Notes on vaccination in the North-West Frontier Province 1923-1928 - 1923-1928
Year: 1923
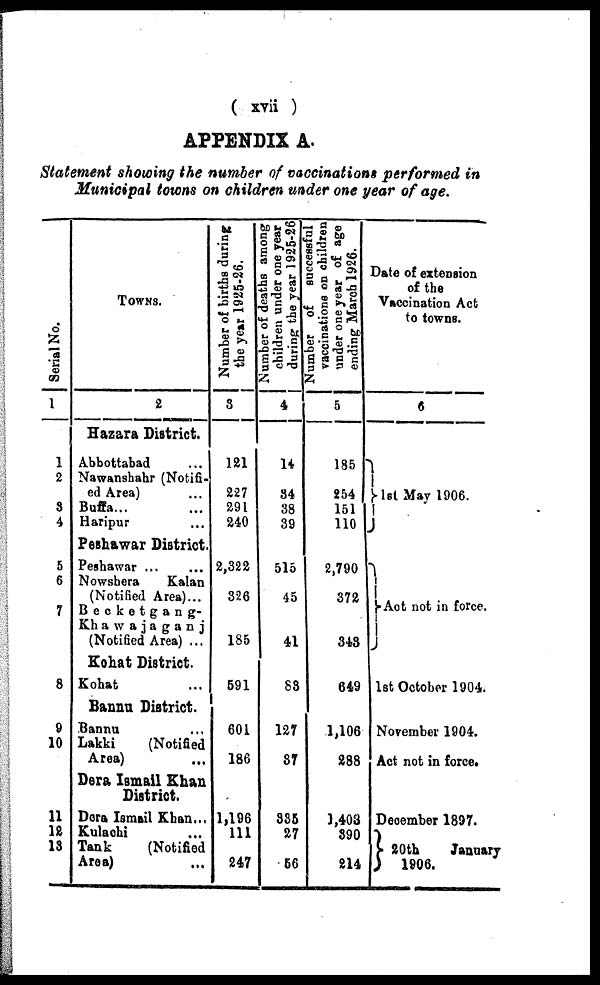
( xvii )
APPENDIX A.
Statement showing the number of vaccinations performed in
Municipal towns on children under one year of age.
Serial No.
1
1
2
3
4
5
6
7
8
9
10
11
12
13
TOWNS.
2
Hazara District.
Abbottabad ...
Nawanshahr (Notifi-
ed Area) ...
Buffa... ...
Haripur ...
Peshawar District.
Peshawar ... ...
Nowshera
Kalan
(Notified Area)...
Becketgang-
Khawajaganj
(Notified Area) ...
Kohat District.
Kohat ...
Bannu District.
Bannu ...
Lakki
(Notified
Area) ...
Dera Ismail Khan
District.
Dera Ismail Khan...
Kulachi ...
Tank
(Notified
Area) ...
Number of births during
the year 1925-26.
3
121
227
291
240
2,322
326
185
591
601
186
1,196
111
247
Number of deaths among
children under one year
during the year 1925-26
4
14
34
38
39
515
45
41
83
127
37
335
27
56
Number of successful
vaccinations on children
under one year of age
ending March 1926.
5
185
254
151
110
2,790
372
343
649
1,106
288
1,403
390
214
Date of extension
of the
Vaccination Act
to towns.
6
1st May 1906.
Act not in force.
1st October 1904.
November 1904.
Act not in force.
December 1897.
20th
January
1906.